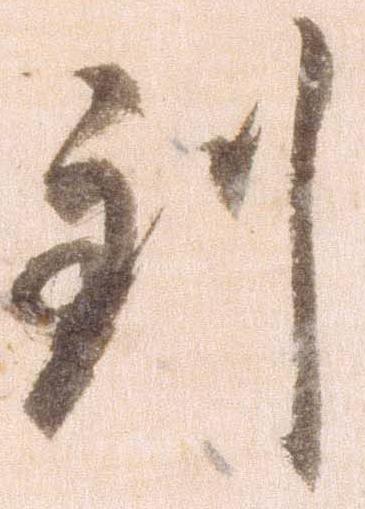
到